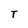
Character: T